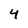
Character: 4